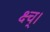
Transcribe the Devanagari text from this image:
क्ष्च्।